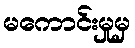
မကောင်းမှုမှ